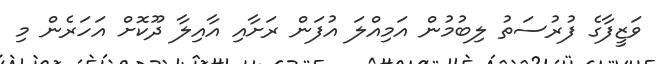
ވަޒީފާގެ ފުރުސަތު ލިބުމުން އަމިއްލަ އުފަން ރަށާއި އާއިލާ ދޫކޮށް އަހަރެން މި